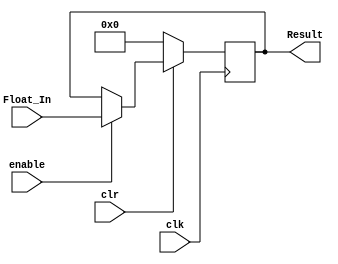
module Reg (
    Result,Float_In,clk,clr,enable
);
    input wire clk,clr,enable;
    input wire [31:0] Float_In;
    output reg [31:0] Result;


    always @(posedge clk) begin
        if(~clr) Result <= 32'b0;
        else if (enable) Result <= Float_In;
        else Result <= Result;
    end

endmodule